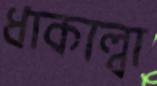
ধাকাল্বা